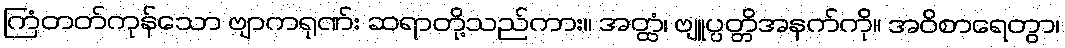
ကြံတတ်ကုန်သော ဗျာကရုဏ်း ဆရာတို့သည်ကား။ အတ္ထံ၊ ဗျူပ္ပတ္တိအနက်ကို။ အဝိစာရေတွာ၊